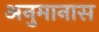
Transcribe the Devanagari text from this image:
अनुमानास